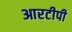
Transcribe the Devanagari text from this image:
आरटीपी